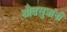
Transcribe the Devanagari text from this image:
श्रौतसुत्रांनी